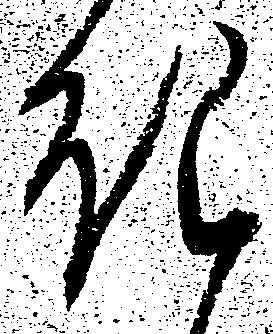
き